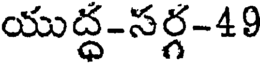
యుద్ధ-సర్గ-49